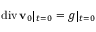
\operatorname { d i v } \mathbf { v } _ { 0 } | _ { t = 0 } = g | _ { t = 0 }